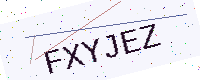
Text: FXYJEZ